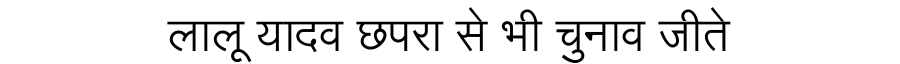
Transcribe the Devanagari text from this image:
लालू यादव छपरा से भी चुनाव जीते